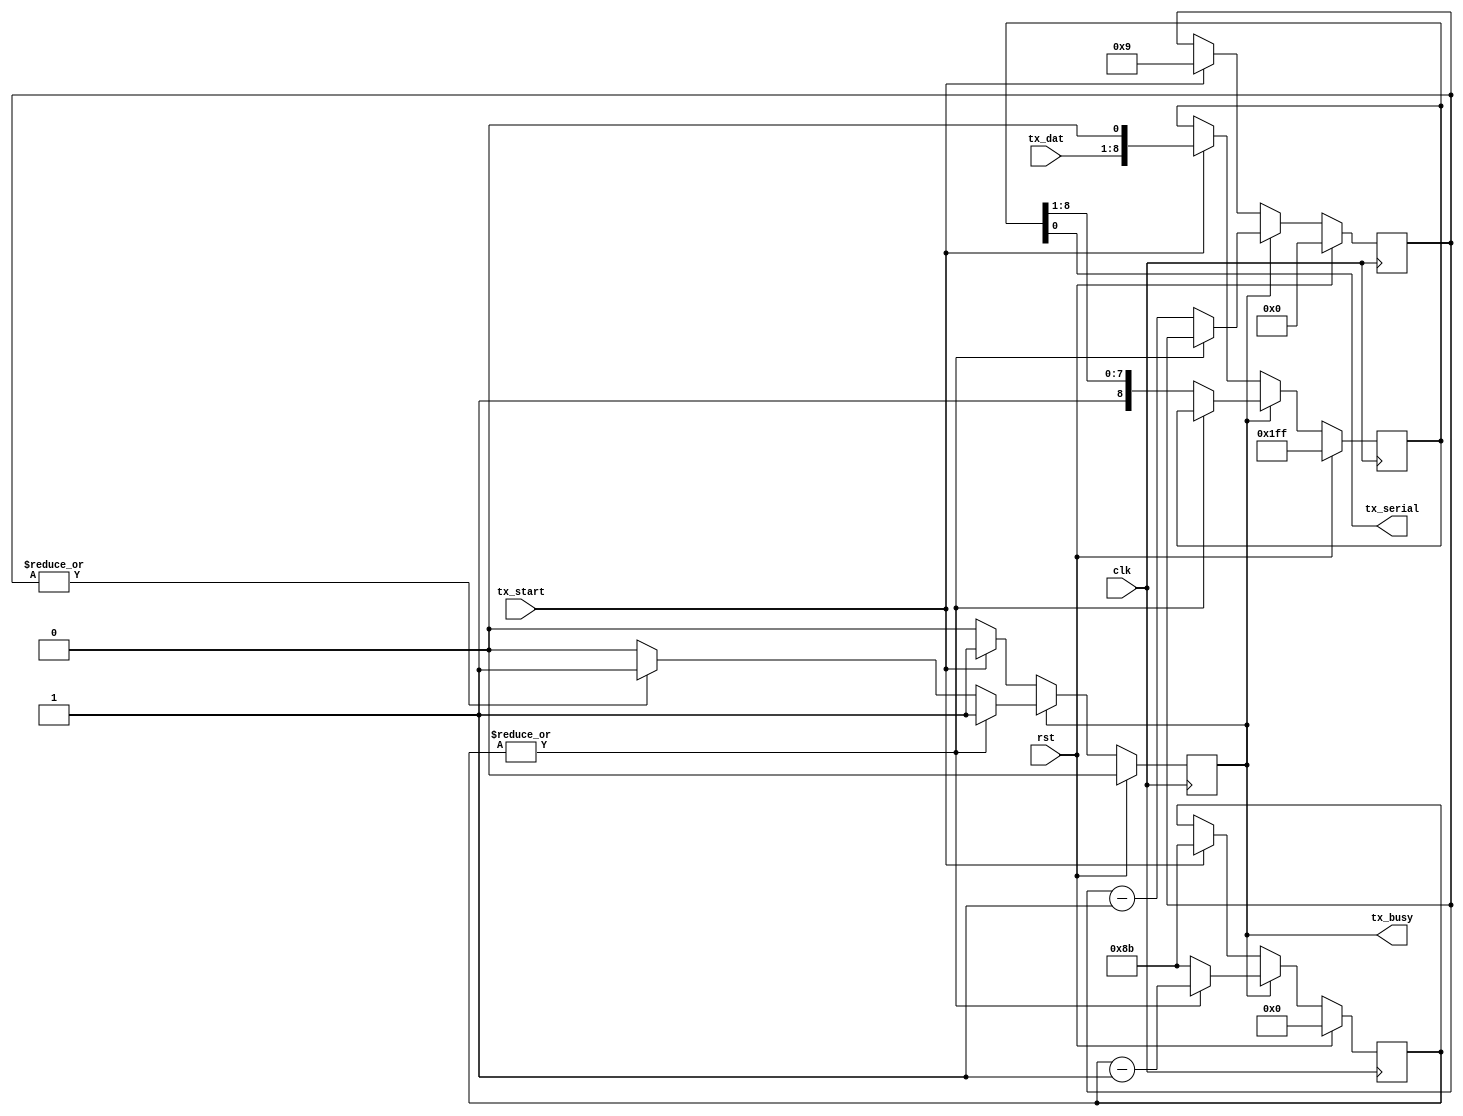
// This program was cloned from: https://github.com/emeb/up5k_osc
// License: MIT License

// acia_tx.v - serial transmit submodule
// 06-02-19 E. Brombaugh

module acia_tx(
	input clk,				// system clock
	input rst,				// system reset
	input [7:0] tx_dat,		// transmit data byte
	input tx_start,			// trigger transmission
	output tx_serial,		// tx serial output
	output reg tx_busy		// tx is active (not ready)
);
	// sym rate counter for 115200bps @ 16MHz clk
    parameter SCW = 8;		// rate counter width
	parameter sym_cnt = 139;	// rate count value
	
	// transmit machine
	reg [8:0] tx_sr;
	reg [3:0] tx_bcnt;
	reg [SCW-1:0] tx_rcnt;
	always @(posedge clk)
	begin
		if(rst)
		begin
			tx_sr <= 9'h1ff;
			tx_bcnt <= 4'h0;
			tx_rcnt <= {SCW{1'b0}};
			tx_busy <= 1'b0;
		end
		else
		begin
			if(!tx_busy)
			begin
				if(tx_start)
				begin
					// start transmission
					tx_busy <= 1'b1;
					tx_sr <= {tx_dat,1'b0};
					tx_bcnt <= 4'd9;
					tx_rcnt <= sym_cnt;
				end
			end
			else
			begin
				if(~|tx_rcnt)
				begin
					// shift out next bit and restart
					tx_sr <= {1'b1,tx_sr[8:1]};
					tx_bcnt <= tx_bcnt - 1;
					tx_rcnt <= sym_cnt;
					
					if(~|tx_bcnt)
					begin
						// done - return to inactive state
						tx_busy <= 1'b0;
					end
				end
				else
					tx_rcnt <= tx_rcnt - 1;
			end	
		end
	end
	
	// hook up output
	assign tx_serial = tx_sr;
endmodule